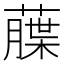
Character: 𦼶